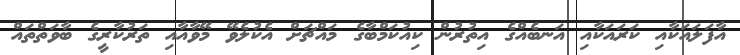
އާފަލައަކާއި ކަރައަކާއި އަނބެއްގެ އިތުރުން ކިއުކަމްބާގެ މައްޗަށް އެކުލެވޭ މޭވާއާއި ތަރުކާރީގެ ބާވަތްތައް